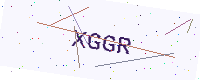
Text: XGGR